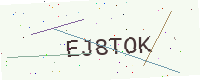
Text: EJ8TOK